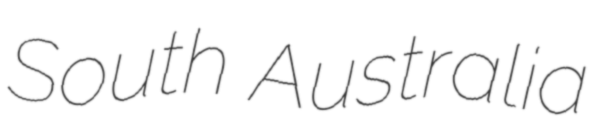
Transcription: South Australia